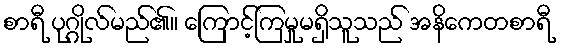
စာရီ ပုဂ္ဂိုလ်မည်၏။ ကြောင့်ကြမှုမရှိသူသည် အနိကေတစာရီ